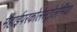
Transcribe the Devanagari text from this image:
मेंहाईपरकोलेस्ट्रोलेमिया